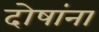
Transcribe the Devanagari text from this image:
दोषांना